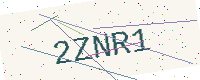
Text: 2ZNR1